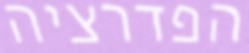
הפדרציה